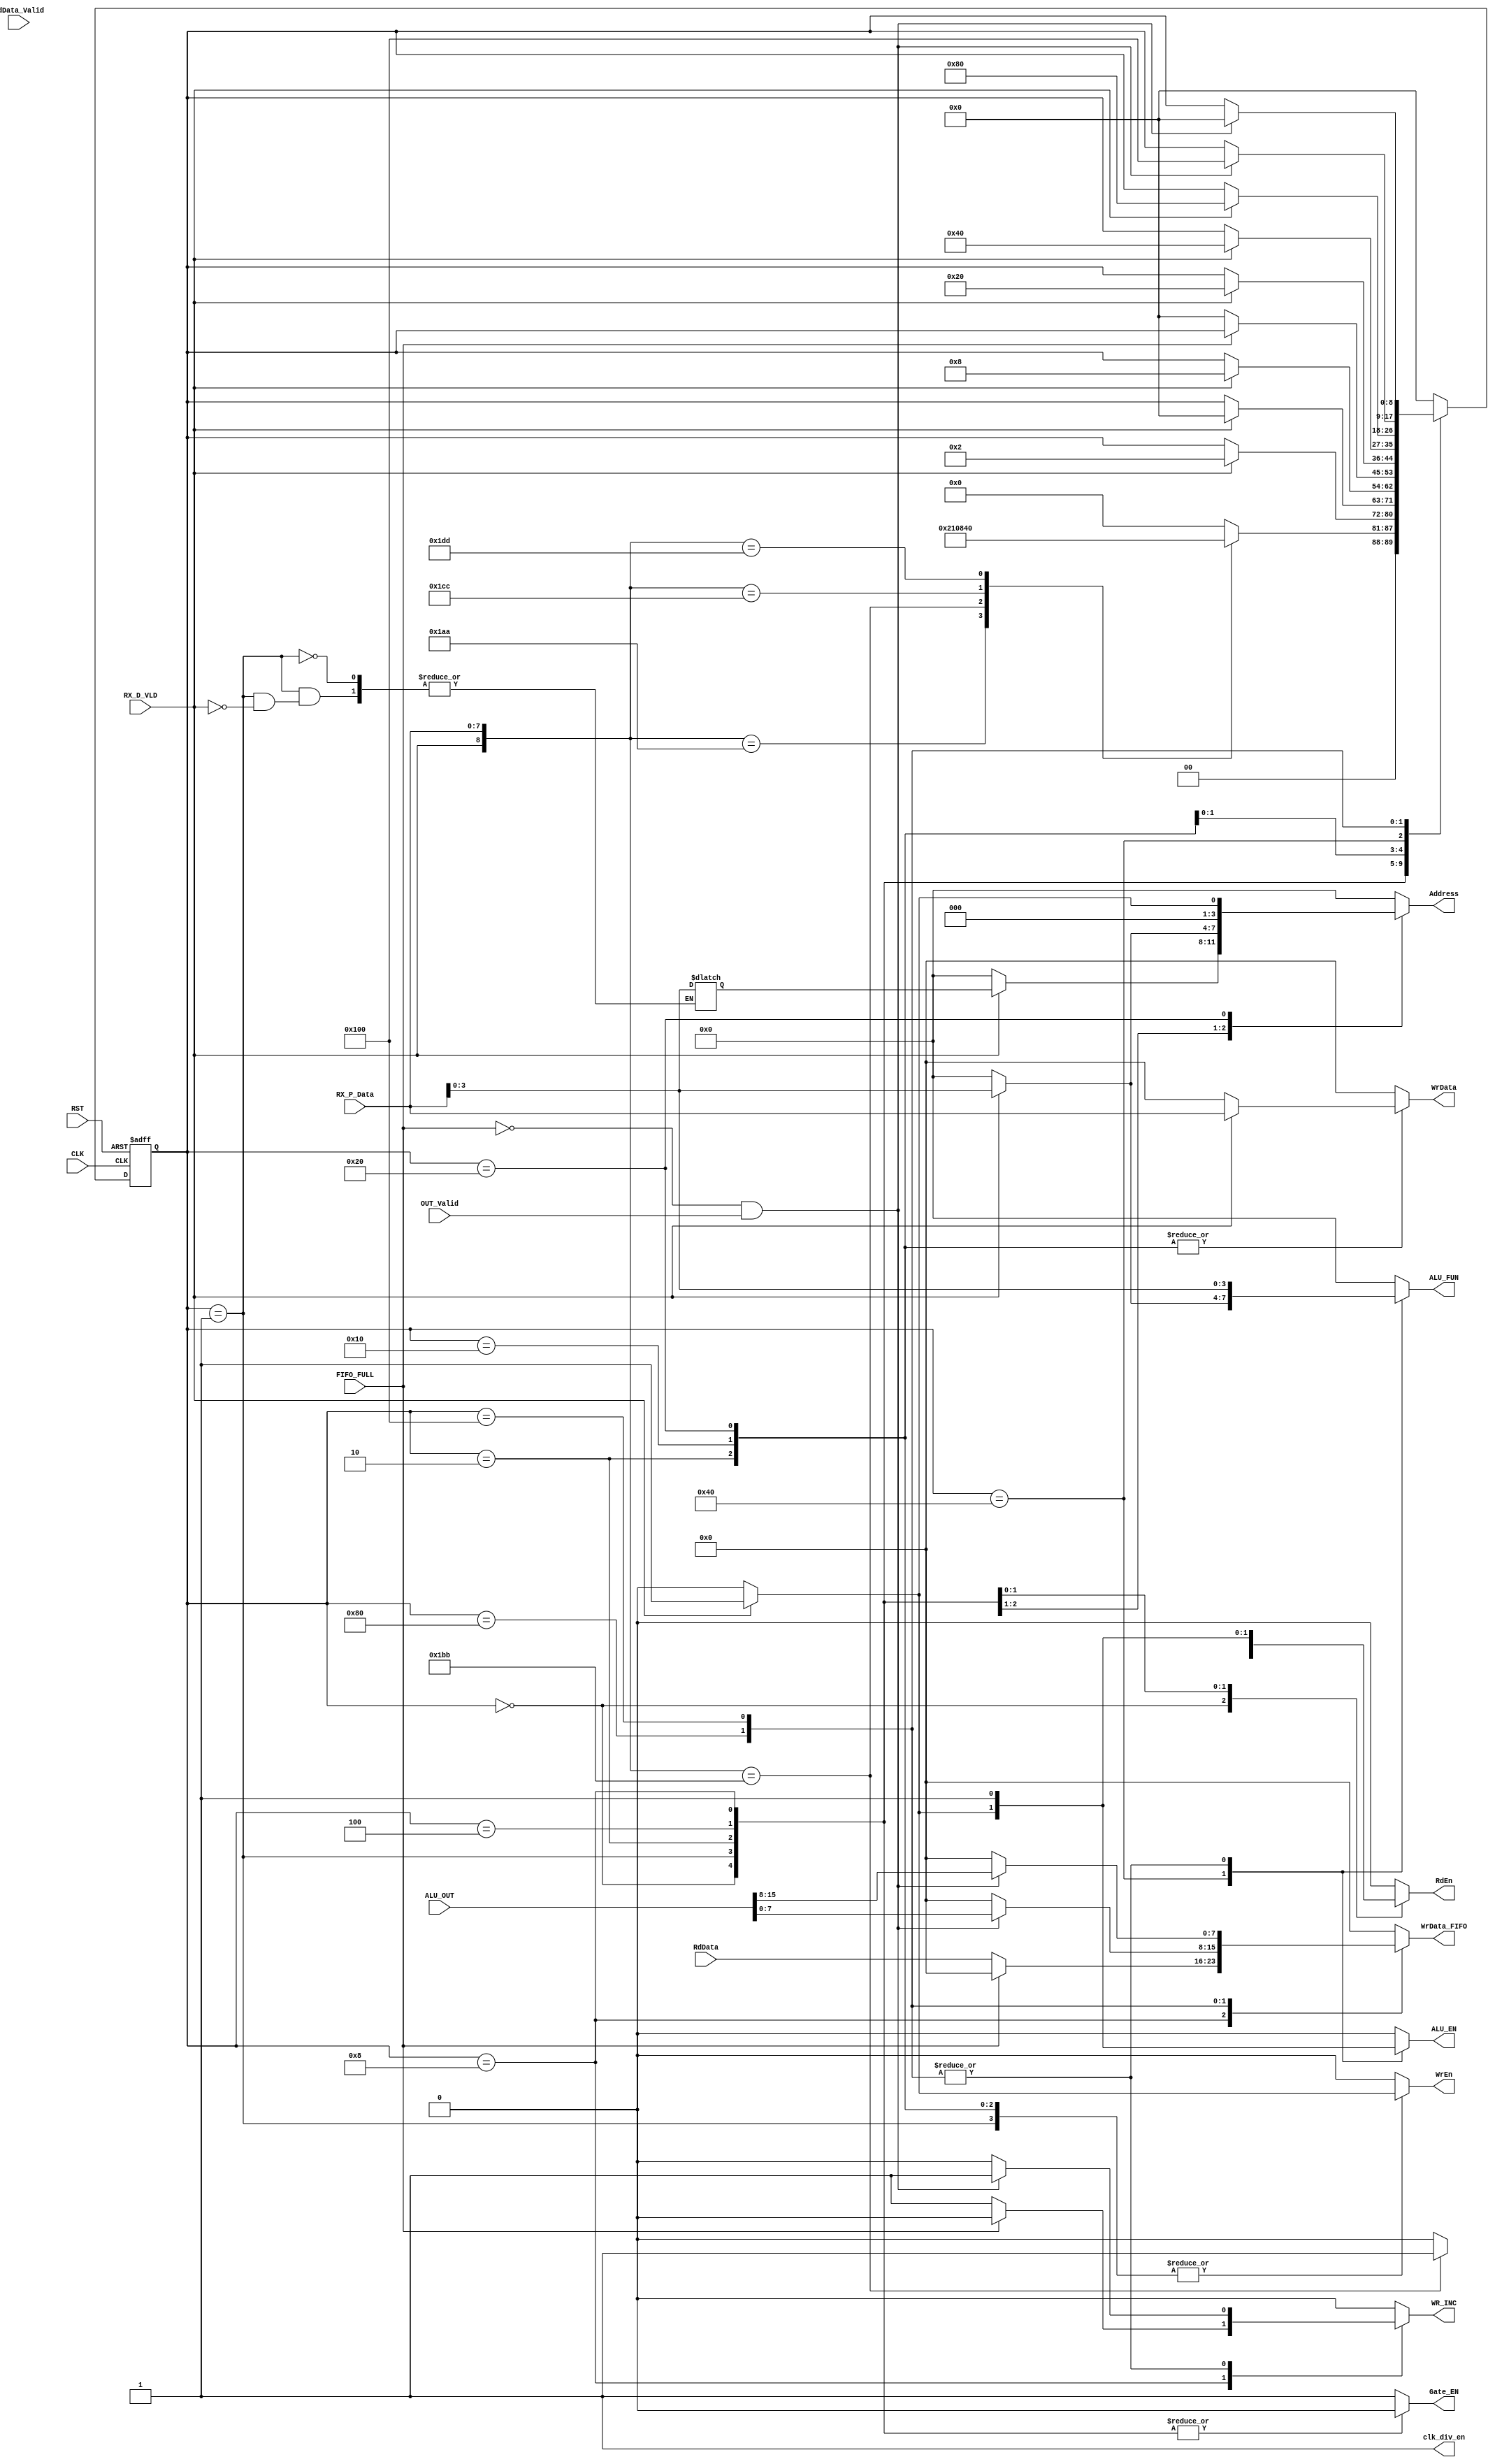
module SYS_CTRL #(parameter DATA_WIDTH = 8 , ADDR_WIDTH = 4)(

	// inputs from RX (Data synchronizer)
	input wire [DATA_WIDTH-1:0] RX_P_Data ,
	input wire 	 	 	 	 	RX_D_VLD , // 

	// input from FIFO
	input wire 	 	  		 	FIFO_FULL,

	// inputs from ALU
	input wire [15:0]   	 	ALU_OUT ,
	input wire         	 	 	OUT_Valid ,
	
	// inputs from REG FILE
	input wire [DATA_WIDTH-1:0] RdData ,
	input wire  	 		 	RdData_Valid ,

	// general inputs
	input wire  	 	 	 	CLK ,
	input wire  	 	 	 	RST ,
	




	// fifo 
	output reg 	  	 	 	 	WR_INC ,
	output reg [DATA_WIDTH-1:0] WrData_FIFO ,  // 8

	// ALU
	output reg  	 	 	  	ALU_EN ,
	output reg [ADDR_WIDTH-1:0]	ALU_FUN ,  // 4 bits 

	// REG FILE
	output reg [ADDR_WIDTH-1:0] Address ,  // 4 bits 
	output reg 	 	 	 	 	WrEn ,
	output reg  	 	 		RdEn ,
	output reg [DATA_WIDTH-1:0] WrData , // 8

	// clk gating
	output reg  		 	 	Gate_EN ,
	output reg  		 	 	clk_div_en 
	
		//output reg  	 	 	 	CLK_CN ,

	);

localparam IDLE 	  = 9'b0_0000_0000 ;
localparam WR_ADDR_RF = 9'b0_0000_0001 ;
localparam WR_DATA_RF = 9'b0_0000_0010 ;

localparam RD_RF_ADDR    	 = 9'b0_0000_0100 ;
localparam RD_RF_AND_WR_FIFO = 9'b0_0000_1000 ;
localparam WR_OP_A   	 	 = 9'b0_0001_0000 ;
localparam WR_OP_B    	  	 = 9'b0_0010_0000 ;

localparam ALU_INPUT 	 	 	  = 9'b0_0100_0000 ;
localparam ALU_OUTPUT_AND_WR_FIFO_1 = 9'b0_1000_0000 ;
localparam ALU_OUTPUT_AND_WR_FIFO_2 = 9'b1_0000_0000 ;

reg [8:0] ns , cs ;

	// state memory 
	always @(posedge CLK or negedge RST) begin

		if (~RST)
			cs <= IDLE ;

		else 
			cs <= ns ;
	end

	// ns logic 	
	reg [ADDR_WIDTH-1:0] tmp_addres ; // 4 bits
	//reg [15:0] 	 	 	 my_out ;

always@ (*) begin
	// ALU
	ALU_EN      = 1'b0 ;
	ALU_FUN 	= 4'b0000 ; 

 	// REG FILE
 	Address	 	= 4'b0000 ; 
	WrEn	    = 1'b0 ;
	RdEn 	 	= 1'b0 ;
	WrData  	= 0 ;

	// FIFO
	WrData_FIFO = 8'b0000_0000 ;
	WR_INC  	= 1'b0 ;

	// CLK GATING 
	Gate_EN     = 1'b1 ;
	clk_div_en 	= 1'b1 ;

	//CLK_CN  	= 1'b0 ;

	case (cs) 
	IDLE : begin
		case ({RX_D_VLD,RX_P_Data})
		9'b1_1010_1010 : begin	 	 	// command AA
			Gate_EN     = 1'b0 ;
			ns = WR_ADDR_RF ;
			//WrEn = 1 ;
		end
		9'b1_1011_1011 : begin	 	 	// command BB
			Gate_EN     = 1'b0 ;
			ns = RD_RF_ADDR ;
			RdEn = 1 ;
		end
		9'b1_1100_1100 : begin	 	 	// command CC
			ns = WR_OP_A ;
			//WrEn = 1 ;
		end
		9'b1_1101_1101 : begin	 	 	// command DD
			ns = ALU_INPUT ;
			//WrEn = 1 ;
		end  
		default : ns = IDLE ;
	endcase 

		Gate_EN     = 1'b0 ;
	end


	WR_ADDR_RF : begin
		if(RX_D_VLD) begin // waiting next frame to capture the address
			WrEn 	   = 1'b1 ;
			tmp_addres = RX_P_Data ;

			ns         = WR_DATA_RF ;
		end
		else ns = cs ;

		Gate_EN     = 1'b0 ;
	end

	WR_DATA_RF : begin
		if(RX_D_VLD) begin
			WrEn    = 1'b1 ;
			Address = tmp_addres ;
		    WrData  = RX_P_Data ;  // directly with no tmp 

			ns      = IDLE ;
		end
		else ns = cs ;

		Gate_EN     = 1'b0 ;
	end 

	RD_RF_ADDR : begin
		if(RX_D_VLD) begin
			RdEn  	= 1'b1 ;
			Address = RX_P_Data ;

			ns      = RD_RF_AND_WR_FIFO ;
		end
		else ns = cs ;

		Gate_EN     = 1'b0 ;
	end 

	RD_RF_AND_WR_FIFO : begin  // i want to read from the rf and wr it in the fifo in the same clk cycle
			RdEn  	= 1'b1 ;
			if(!FIFO_FULL) begin
				WR_INC  	 = 1'b1 ;
				WrData_FIFO  = RdData ;

				ns       	 = IDLE ;
			end

			else ns  = cs ;

			Gate_EN     = 1'b0 ;
	end 
/*
	OUT_FIFO : begin 
			if(!FIFO_FULL) begin
				WrData_FIFO  = my_out ;
				WR_INC  	 = 1'b1 ;

				ns       	 = IDLE ;
			end
		else ns = cs ;
	end  
*/
	WR_OP_A : begin
		if(RX_D_VLD) begin
			WrEn    = 1'b1 ;
			Address = 4'b0000 ;  // REG0
		    WrData  = RX_P_Data ;

			ns      = WR_OP_B ;
		end
		else ns = cs ;
	end 

	WR_OP_B : begin
		if(RX_D_VLD) begin
			WrEn    = 1'b1 ;
			Address = 4'b0001 ;  // REG1
		    WrData  = RX_P_Data ;

			ns      = ALU_INPUT ;
		end
		else begin 
			ns = cs ;
		end
	end

	ALU_INPUT : begin
		if(RX_D_VLD) begin
			ALU_EN  = 1 ;
			ALU_FUN = RX_P_Data ;

			ns      = ALU_OUTPUT_AND_WR_FIFO_1 ;
		end
		else ns = cs ;
	end

	ALU_OUTPUT_AND_WR_FIFO_1 : begin 	  	 	// LSB
			ALU_EN  = 1 ;
			ALU_FUN = RX_P_Data ;

			if(!FIFO_FULL && OUT_Valid) begin
				WR_INC  	 = 1'b1 ;
				WrData_FIFO  = ALU_OUT[7:0] ;

				ns       	 = ALU_OUTPUT_AND_WR_FIFO_2 ;
			end
			else ns = cs ;

	end

	ALU_OUTPUT_AND_WR_FIFO_2 : begin 		  // MSB
			ALU_EN  = 1 ;
			ALU_FUN = RX_P_Data ;

			if(!FIFO_FULL && OUT_Valid) begin
				WR_INC  	 = 1'b1 ;
				WrData_FIFO  = ALU_OUT[15:8] ;

				ns       	 = IDLE ;
			end
			else ns = cs ;

	end

	default : ns = IDLE ;
endcase 

end
endmodule